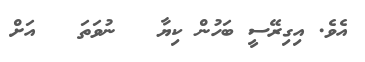
އެވެ. އިގިރޭސީ ބަހުން ކިޔާ   ނުވަތަ   އަށް